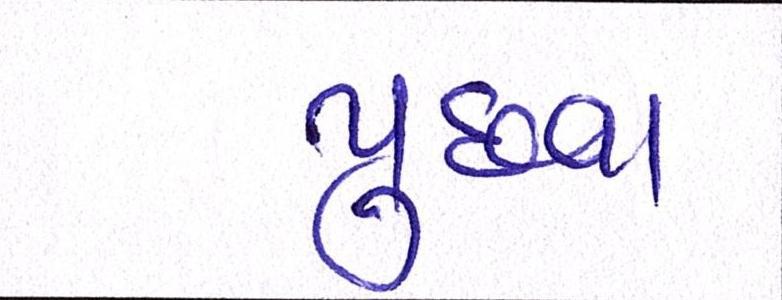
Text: પુછવા